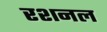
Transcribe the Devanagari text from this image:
रशनल